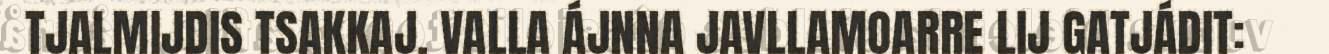
TJALMIJDIS TSAKKAJ. VALLA ÁJNNA JAVLLAMOARRE LIJ GATJÁDIT: